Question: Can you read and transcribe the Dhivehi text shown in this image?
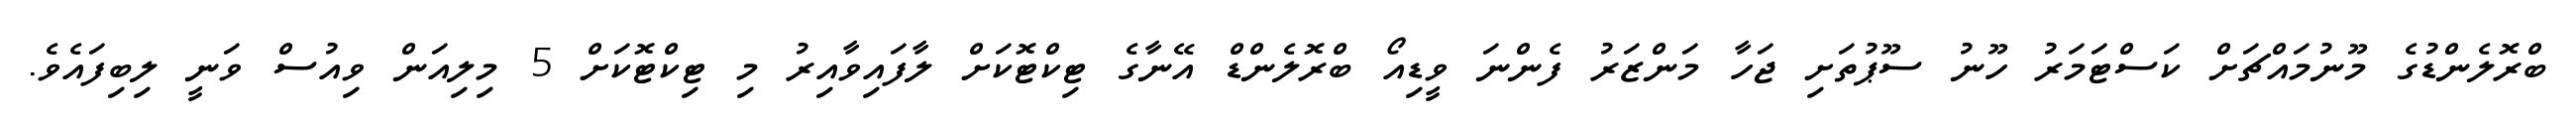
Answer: ބްރޮލެންޑުގެ މޫނުމައްޗަށް ކަސްޓަމަރު ހޫނު ސޫޕުތަށި ޖަހާ މަންޒަރު ފެންނަ ވީޑިއޯ ބްރޮލެންޑް އޭނާގެ ޓިކްޓޮކަށް ލާފައިވާއިރު މި ޓިކްޓޮކަށް 5 މިލިއަން ވިއުސް ވަނީ ލިބިފައެވެ.